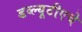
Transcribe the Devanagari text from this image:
डब्ल्यूटीएचे